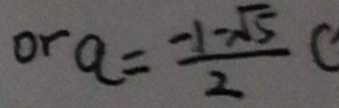
o r a = \frac { - 1 - \sqrt { 5 } } { 2 }